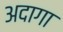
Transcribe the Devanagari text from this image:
अदागा